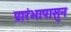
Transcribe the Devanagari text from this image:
प्रारंभापासुन